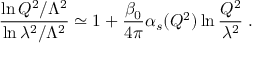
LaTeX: \frac { \ln Q ^ { 2 } / \Lambda ^ { 2 } } { \ln \lambda ^ { 2 } / \Lambda ^ { 2 } } \simeq 1 + \frac { \beta _ { 0 } } { 4 \pi } \alpha _ { s } ( Q ^ { 2 } ) \ln \frac { Q ^ { 2 } } { \lambda ^ { 2 } } \; .